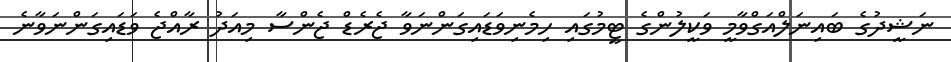
ނަޝީދުގެ ބައިނަލްއަގްވާމީ ވަކީލުންގެ ޓީމުގައި ހިމެނިވަޑައިގަންނަވާ ޖެރެޑް ޖެންސާ މިއަދު ރާއްޖެ ވަޑައިގަންނަވާނެ